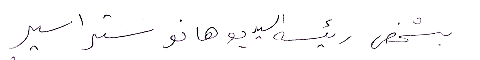
بشخص رئيسه السيد يوهانو ستراسير